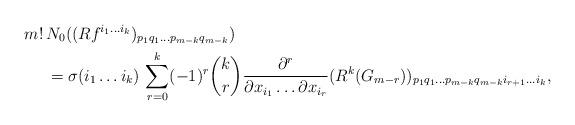
LaTeX: \begin{align*} m! \, & N_0 ((Rf^{i_1 \dots i_k})_{p_1 q_1 \dots p_{m-k} q_{m-k}}) \\&= \sigma(i_1 \dots i_k) \,\sum\limits_{r=0}^k (-1)^r \binom{k}{r} \frac{\partial^{r}}{\partial x_{i_1} \dots \partial x_{i_r} } (R^k(G_{m-r}))_{p_1 q_1 \dots p_{m-k} q_{m-k} i_{r+1} \dots i_k}, \end{align*}